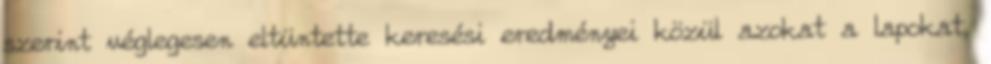
szerint véglegesen eltüntette keresési eredményei közül azokat a lapokat,